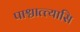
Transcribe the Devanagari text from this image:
पाश्चात्त्यासि